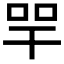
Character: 𢆔